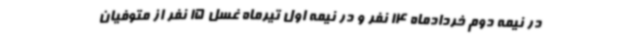
در نیمه دوم خردادماه 14 نفر و در نیمه اول تیرماه غسل 15 نفر از متوفیان